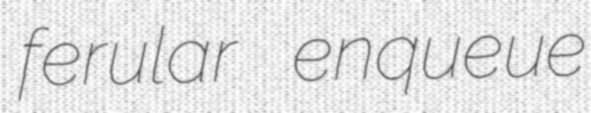
ferular enqueue